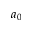
a _ { 0 }